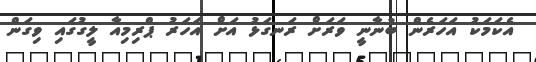
އެކަމަކު އަހަރެން ބުނާނީ ވަރަށް ރަނގަޅު އަށް އަހަރު ޕްރިމިއާ ލީގުގައި ވިގަން